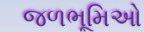
જળભૂમિઓ